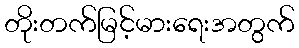
တိုးတက်မြင့်မားရေးအတွက်